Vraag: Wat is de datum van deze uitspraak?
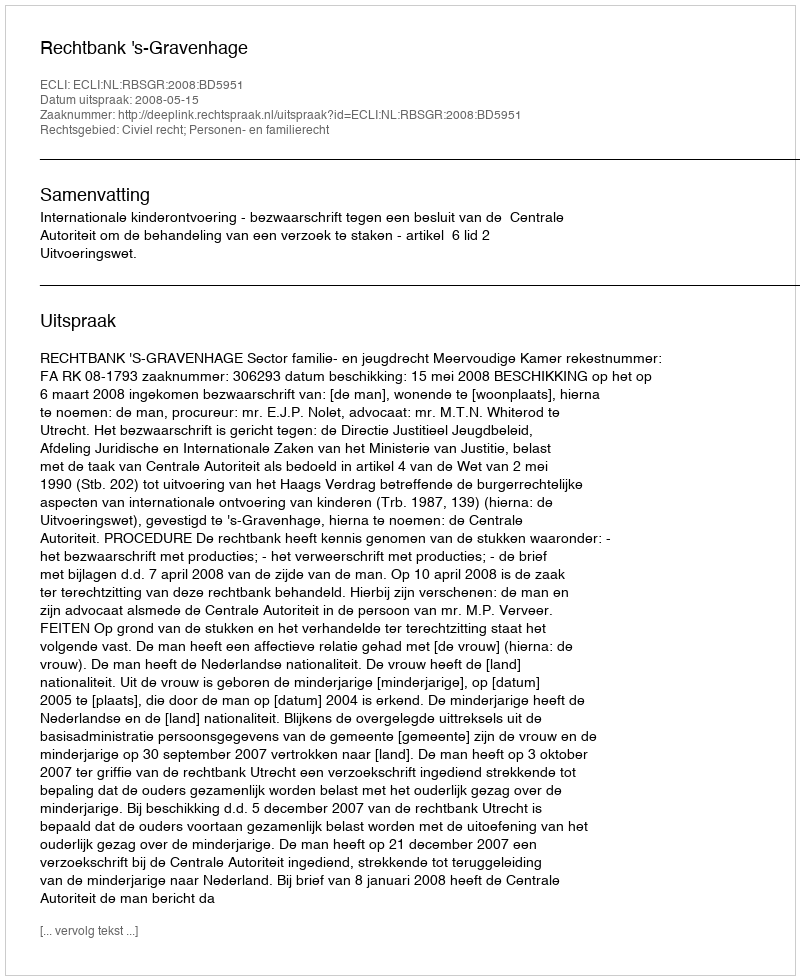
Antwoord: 2008-05-15